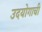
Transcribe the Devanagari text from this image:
उदयोगाची